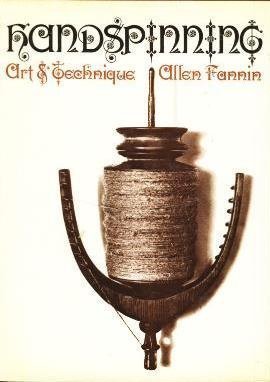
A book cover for Handspinning: Art And Technique; Allen Fannin; Crafts, Hobbies & Home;